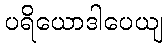
ပရိယောဒါပေယျ